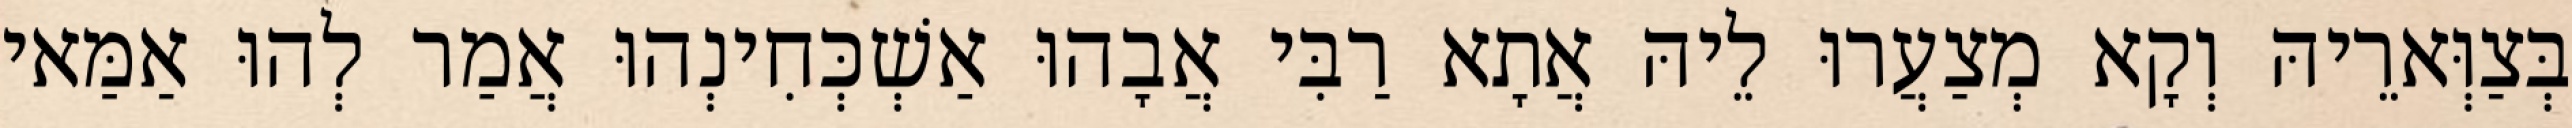
בְּצַוְּארֵיהּ וְקָא מְצַעֲרוּ לֵיהּ אֲתָא רַבִּי אֲבָהוּ אַשְׁכְּחִינְהוּ אֲמַר לְהוּ אַמַּאי